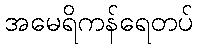
အမေရိကန်ရေတပ်